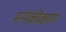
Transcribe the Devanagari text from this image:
मनाकीकरण